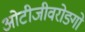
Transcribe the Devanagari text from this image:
ओटीजीवरोङ्गो